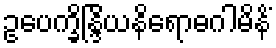
ဥပေက္ခိန္ဒြိယနိရောဓဂါမိနိံ